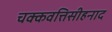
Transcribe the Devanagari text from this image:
चक्कवत्तिसीहनाद